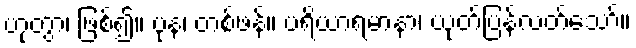
ဟုတွာ၊ ဖြစ်၍။ ပုန၊ တစ်ဖန်။ ပရိယာရမာနာ၊ ယုတ်ပြန်လတ်သော်။